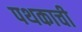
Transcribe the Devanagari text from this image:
पथकाची